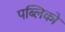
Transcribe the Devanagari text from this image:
पब्लिको